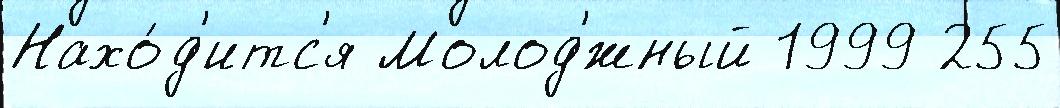
Нахо́д'итс'я Молод'́жный 1999 255